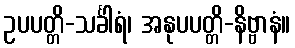
ဥပပတ္တိ-သင်္ခါရံ၊ အနုပပတ္တိ-နိဗ္ဗာနံ။